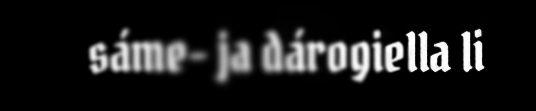
sáme- ja dárogiella li